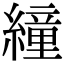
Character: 𦅅